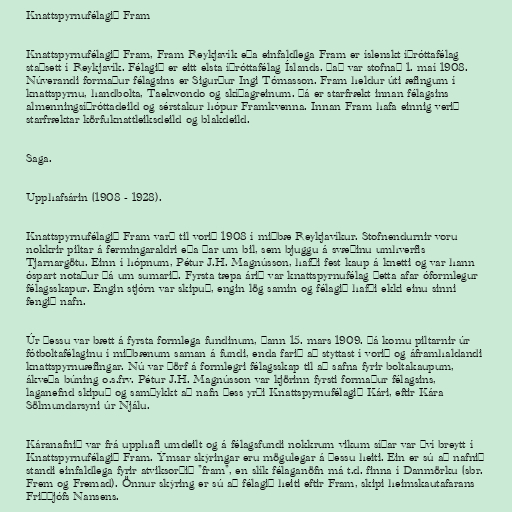
Knattspyrnufélagið Fram

Knattspyrnufélagið Fram, Fram Reykjavík eða einfaldlega Fram er íslenskt íþróttafélag
staðsett í Reykjavík. Félagið er eitt elsta íþróttafélag Íslands. Það var stofnað 1. maí 1908.
Núverandi formaður félagsins er Sigurður Ingi Tómasson. Fram heldur úti æfingum í
knattspyrnu, handbolta, Taekwondo og skíðagreinum. Þá er starfrækt innan félagsins
almenningsíþróttadeild og sérstakur hópur Framkvenna. Innan Fram hafa einnig verið
starfræktar körfuknattleiksdeild og blakdeild.

Saga.

Upphafsárin (1908 - 1928).

Knattspyrnufélagið Fram varð til vorið 1908 í miðbæ Reykjavíkur. Stofnendurnir voru
nokkrir piltar á fermingaraldri eða þar um bil, sem bjuggu á svæðinu umhverfis
Tjarnargötu. Einn í hópnum, Pétur J.H. Magnússon, hafði fest kaup á knetti og var hann
óspart notaður þá um sumarið. Fyrsta tæpa árið var knattspyrnufélag þetta afar óformlegur
félagsskapur. Engin stjórn var skipuð, engin lög samin og félagið hafði ekki einu sinni
fengið nafn.

Úr þessu var bætt á fyrsta formlega fundinum, þann 15. mars 1909. Þá komu piltarnir úr
fótboltafélaginu í miðbænum saman á fundi, enda farið að styttast í vorið og áframhaldandi
knattspyrnuæfingar. Nú var þörf á formlegri félagsskap til að safna fyrir boltakaupum,
ákveða búning o.s.frv. Pétur J.H. Magnússon var kjörinn fyrsti formaður félagsins,
laganefnd skipuð og samþykkt að nafn þess yrði Knattspyrnufélagið Kári, eftir Kára
Sölmundarsyni úr Njálu.

Káranafnið var frá upphafi umdeilt og á félagsfundi nokkrum vikum síðar var því breytt í
Knattspyrnufélagið Fram. Ýmsar skýringar eru mögulegar á þessu heiti. Ein er sú að nafnið
standi einfaldlega fyrir atviksorðið "fram", en slík félaganöfn má t.d. finna í Danmörku (sbr.
Frem og Fremad). Önnur skýring er sú að félagið heiti eftir Fram, skipi heimskautafarans
Friðþjófs Nansens.